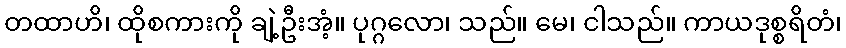
တထာဟိ၊ ထိုစကားကို ချဲ့ဦးအံ့။ ပုဂ္ဂလော၊ သည်။ မေ၊ ငါသည်။ ကာယဒုစ္စရိတံ၊